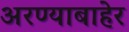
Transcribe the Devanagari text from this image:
अरण्याबाहेर